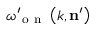
\omega _ { \mathrm { ~ o ~ n ~ } } ^ { \prime } \left( k , \mathbf { n } ^ { \prime } \right)